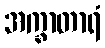
အက္ခာတာရံ